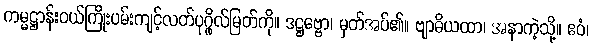
ကမ္မဋ္ဌာန်းဝယ်ကြိုးပမ်းကျင့်လတ်ပုဂ္ဂိုလ်မြတ်ကို။ ဒဋ္ဌဗ္ဗော၊ မှတ်အပ်၏။ ဗျာဓိယထာ၊ အနာကဲ့သို့။ ဧဝံ၊